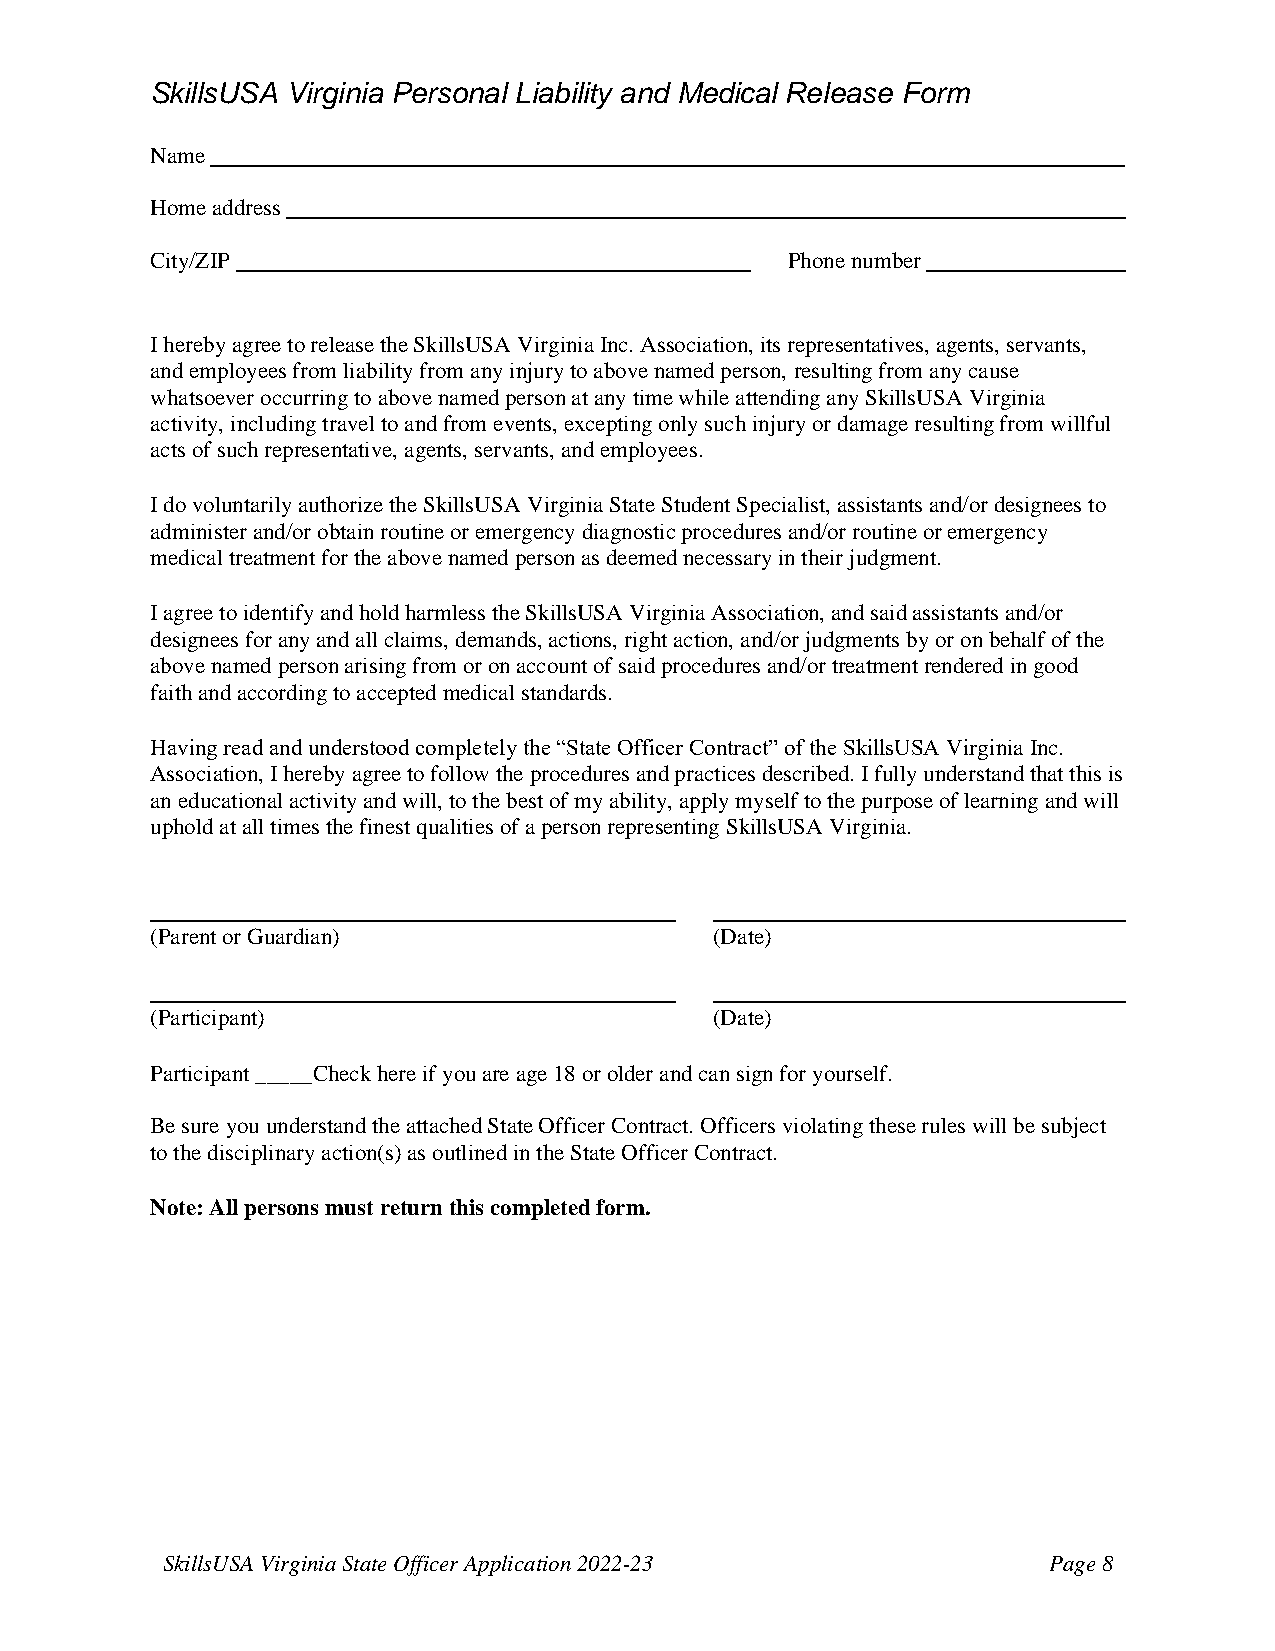
SkillsUSA Virginia Personal Liability and Medical Release Form
 Name
 Home address
 City/ZIP                                  Phone number
 I hereby agree to release the SkillsUSA Virginia Inc. Association, its representatives, agents, servants,
 and employees from liability from any injury to above named person, resulting from any cause
 whatsoever occurring to above named person at any time while attending any SkillsUSA Virginia
 activity, including travel to and from events, excepting only such injury or damage resulting from willful
 acts of such representative, agents, servants, and employees.
 I do voluntarily authorize the SkillsUSA Virginia State Student Specialist, assistants and/or designees to
 administer and/or obtain routine or emergency diagnostic procedures and/or routine or emergency
 medical treatment for the above named person as deemed necessary in their judgment.
 I agree to identify and hold harmless the SkillsUSA Virginia Association, and said assistants and/or
 designees for any and all claims, demands, actions, right action, and/or judgments by or on behalf of the
 above named person arising from or on account of said procedures and/or treatment rendered in good
 faith and according to accepted medical standards.
 Having read and understood completely the “State Officer Contract” of the SkillsUSA Virginia Inc.
 Association, I hereby agree to follow the procedures and practices described. I fully understand that this is
 an educational activity and will, to the best of my ability, apply myself to the purpose of learning and will
 uphold at all times the finest qualities of a person representing SkillsUSA Virginia.
 (Parent or Guardian)                 (Date)
 (Participant)                        (Date)
 Participant _____Check here if you are age 18 or older and can sign for yourself.
 Be sure you understand the attached State Officer Contract. Officers violating these rules will be subject
 to the disciplinary action(s) as outlined in the State Officer Contract.
 Note: All persons must return this completed form.
 SkillsUSA Virginia State Officer Application 2022-23      Page 8